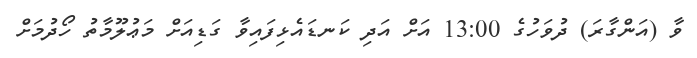
ވާ (އަންގާރަ) ދުވަހުގެ 13:00 އަށް އަދި ކަނޑައެޅިފައިވާ ގަޑިއަށް މަޢުލޫމާތު ހޯދުމަށް